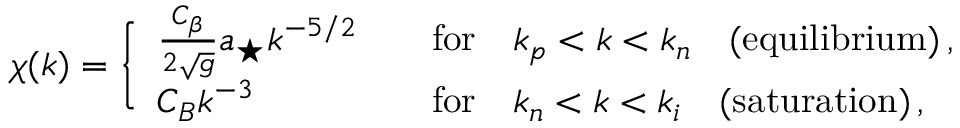
\chi ( k ) = \Bigg \{ \begin{array} { l l } { \frac { C _ { \beta } } { 2 \sqrt { g } } a _ { \star } k ^ { - 5 / 2 } \quad } & { \mathrm { f o r } \quad k _ { p } < k < k _ { n } \quad \mathrm { ( e q u i l i b r i u m ) } \, , } \\ { C _ { B } k ^ { - 3 } \quad } & { \mathrm { f o r } \quad k _ { n } < k < k _ { i } \quad \mathrm { ( s a t u r a t i o n ) } \, , } \end{array}